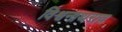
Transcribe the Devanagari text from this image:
विश्वनाथराव